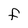
Character: F